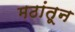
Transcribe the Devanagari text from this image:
मठांतून